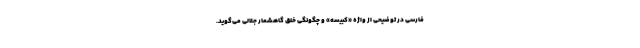
فارسی در توضیحی از واژه «کبیسه» و چگونگی خلق گاهشمار جلالی می‌گوید.